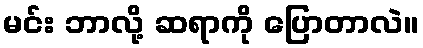
မင်း ဘာလို့ ဆရာကို ပြောတာလဲ။